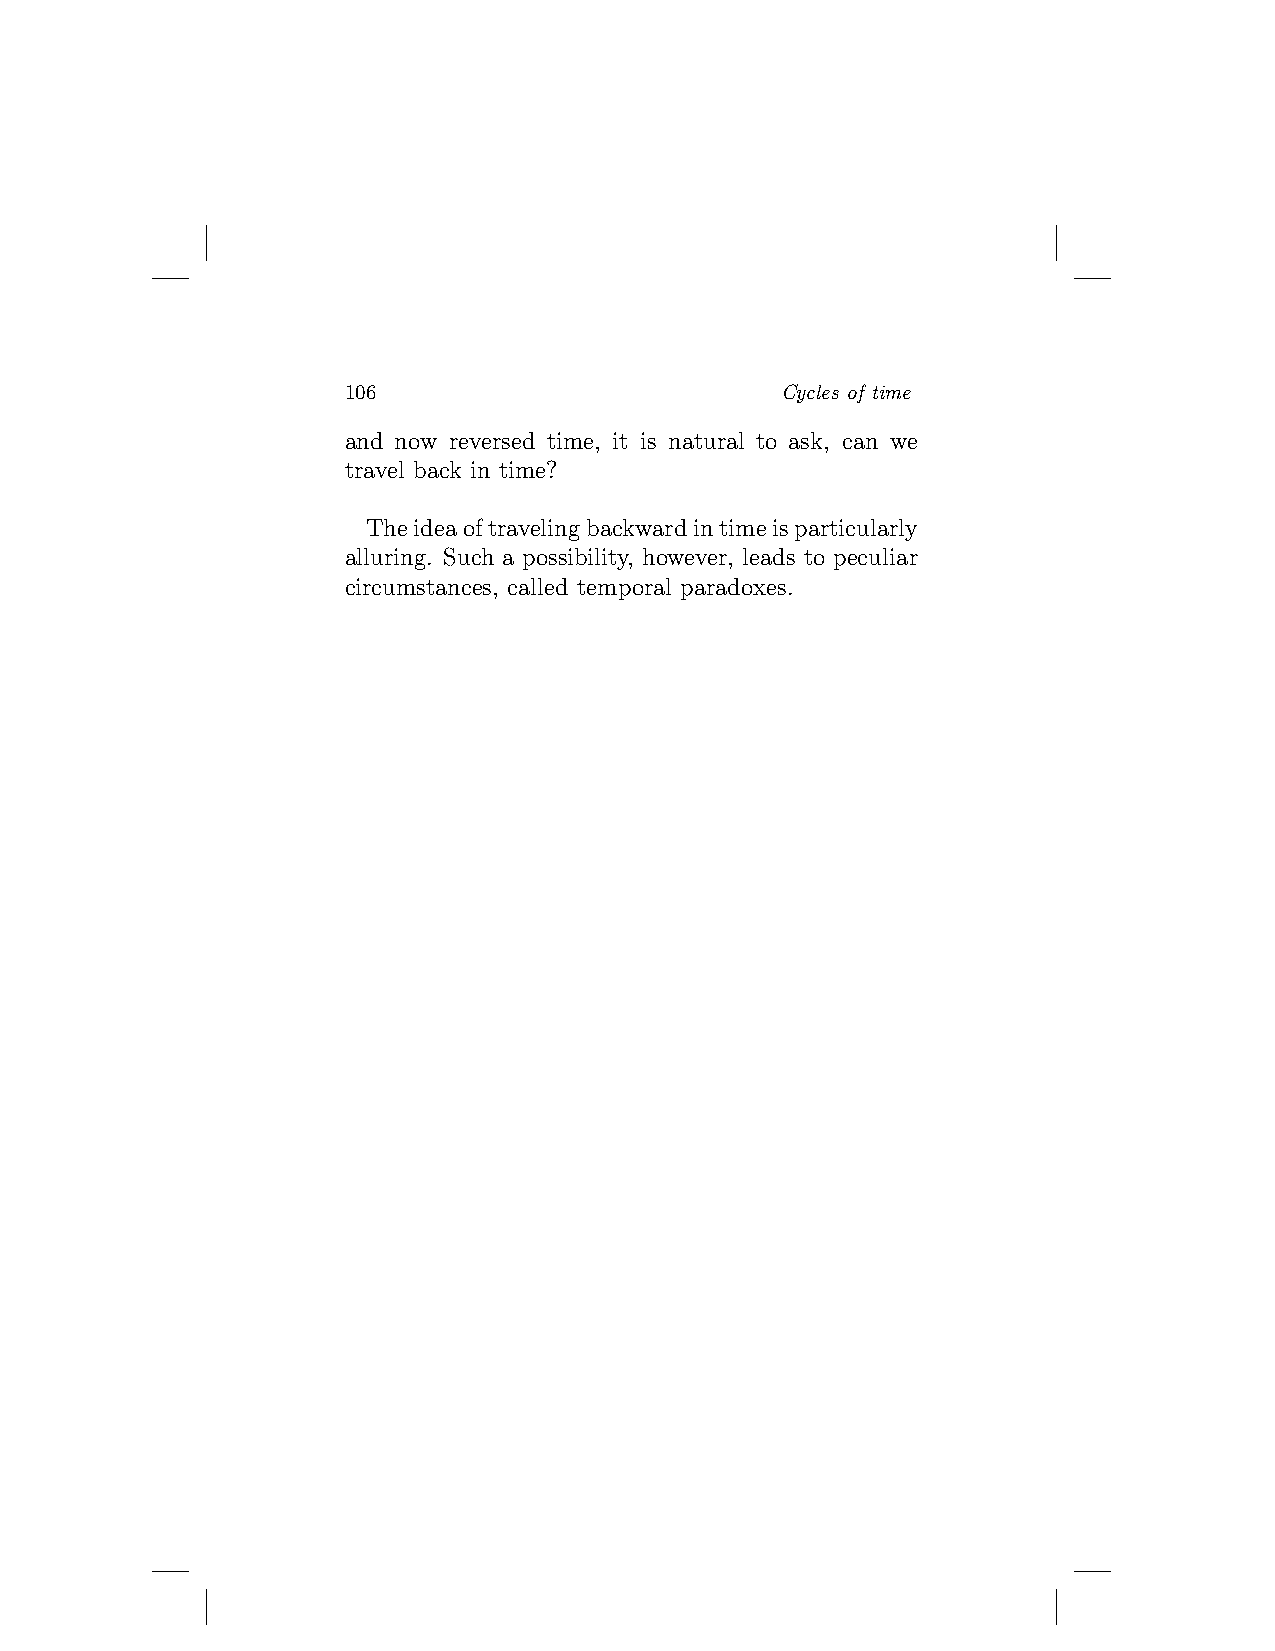
106                          Cycles of time
 and now reversed time, it is natural to ask, can we
 travel back in time?
 Theideaoftravelingbackwardintimeisparticularly
 alluring. Such a possibility, however, leads to peculiar
 circumstances, called temporal paradoxes.